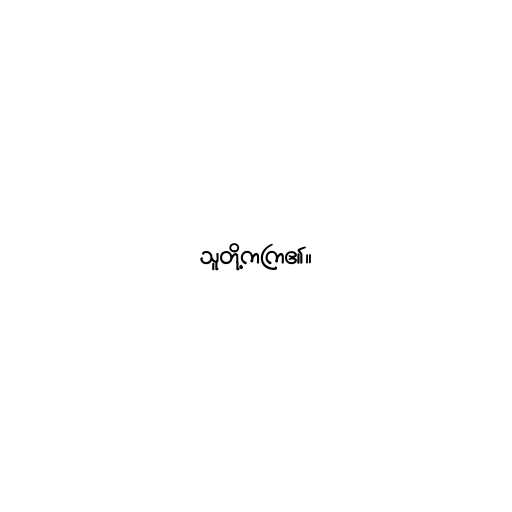
သူတို့ကကြ၏။